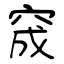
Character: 窚